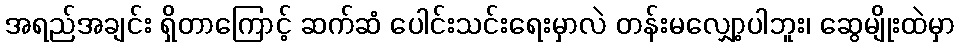
အရည်အချင်း ရှိတာကြောင့် ဆက်ဆံ ပေါင်းသင်းရေးမှာလဲ တန်းမလျှော့ပါဘူး၊ ဆွေမျိုးထဲမှာ